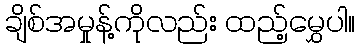
ချိစ်အမှုန့်ကိုလည်း ထည့်မွှေပါ။